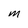
Character: M